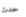
حدث